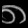
Digit: ၈